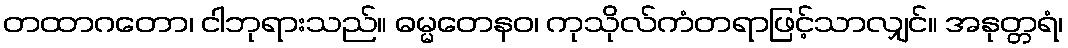
တထာဂတော၊ ငါဘုရားသည်။ ဓမ္မတေနဝ၊ ကုသိုလ်ကံတရာဖြင့်သာလျှင်။ အနုတ္တရံ၊